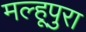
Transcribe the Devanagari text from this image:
मल्हूपुरा